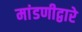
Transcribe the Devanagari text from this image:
मांडणीद्वारे